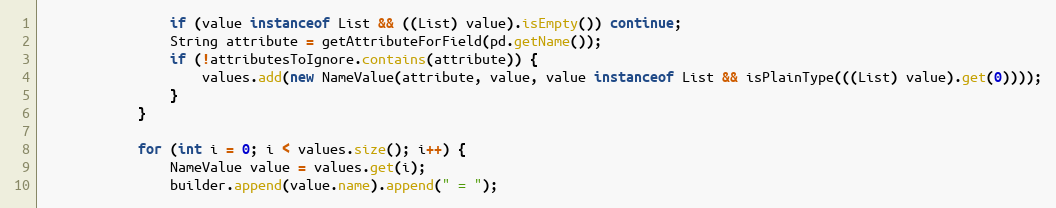
Language: Java
                if (value instanceof List && ((List) value).isEmpty()) continue;
                String attribute = getAttributeForField(pd.getName());
                if (!attributesToIgnore.contains(attribute)) {
                    values.add(new NameValue(attribute, value, value instanceof List && isPlainType(((List) value).get(0))));
                }
            }

            for (int i = 0; i < values.size(); i++) {
                NameValue value = values.get(i);
                builder.append(value.name).append(" = ");